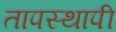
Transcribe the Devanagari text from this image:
तापस्थापी